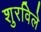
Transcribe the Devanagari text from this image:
शुरविले